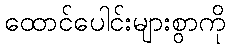
ထောင်ပေါင်းများစွာကို